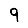
Digit: 9